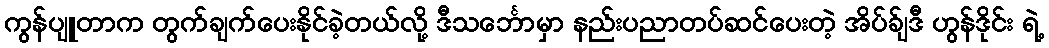
ကွန်ပျူတာက တွက်ချက်ပေးနိုင်ခဲ့တယ်လို့ ဒီသင်္ဘောမှာ နည်းပညာတပ်ဆင်ပေးတဲ့ အိပ်ခ်ျဒီ ဟွန်ဒိုင်း ရဲ့